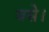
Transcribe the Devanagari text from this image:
बसेे।